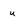
Character: u